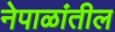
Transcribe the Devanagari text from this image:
नेपाळांतील